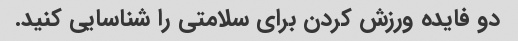
دو فایده ورزش کردن برای سلامتی را شناسایی کنید.